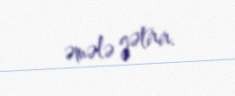
əmələ gətirir.